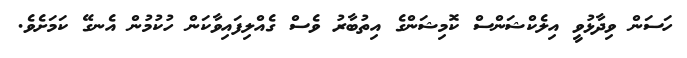
ހަސަން ވިދާޅުވީ އިލެކްޝަންސް ކޮމިޝަންގެ އިތުބާރު ވެސް ގެއްލިފައިވާކަން ހުކުމުން އެނގޭ ކަމަށެވެ.